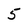
Character: 5